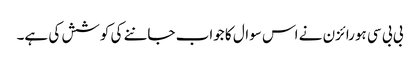
بی بی سی ہورائزن نے اس سوال کا جواب جاننے کی کوشش کی ہے۔